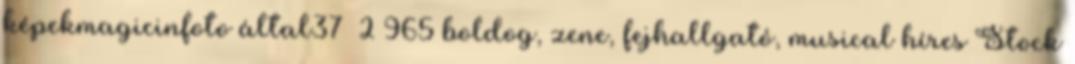
képekmagicinfoto által37 2 965 boldog, zene, fejhallgató, musical híres Stock